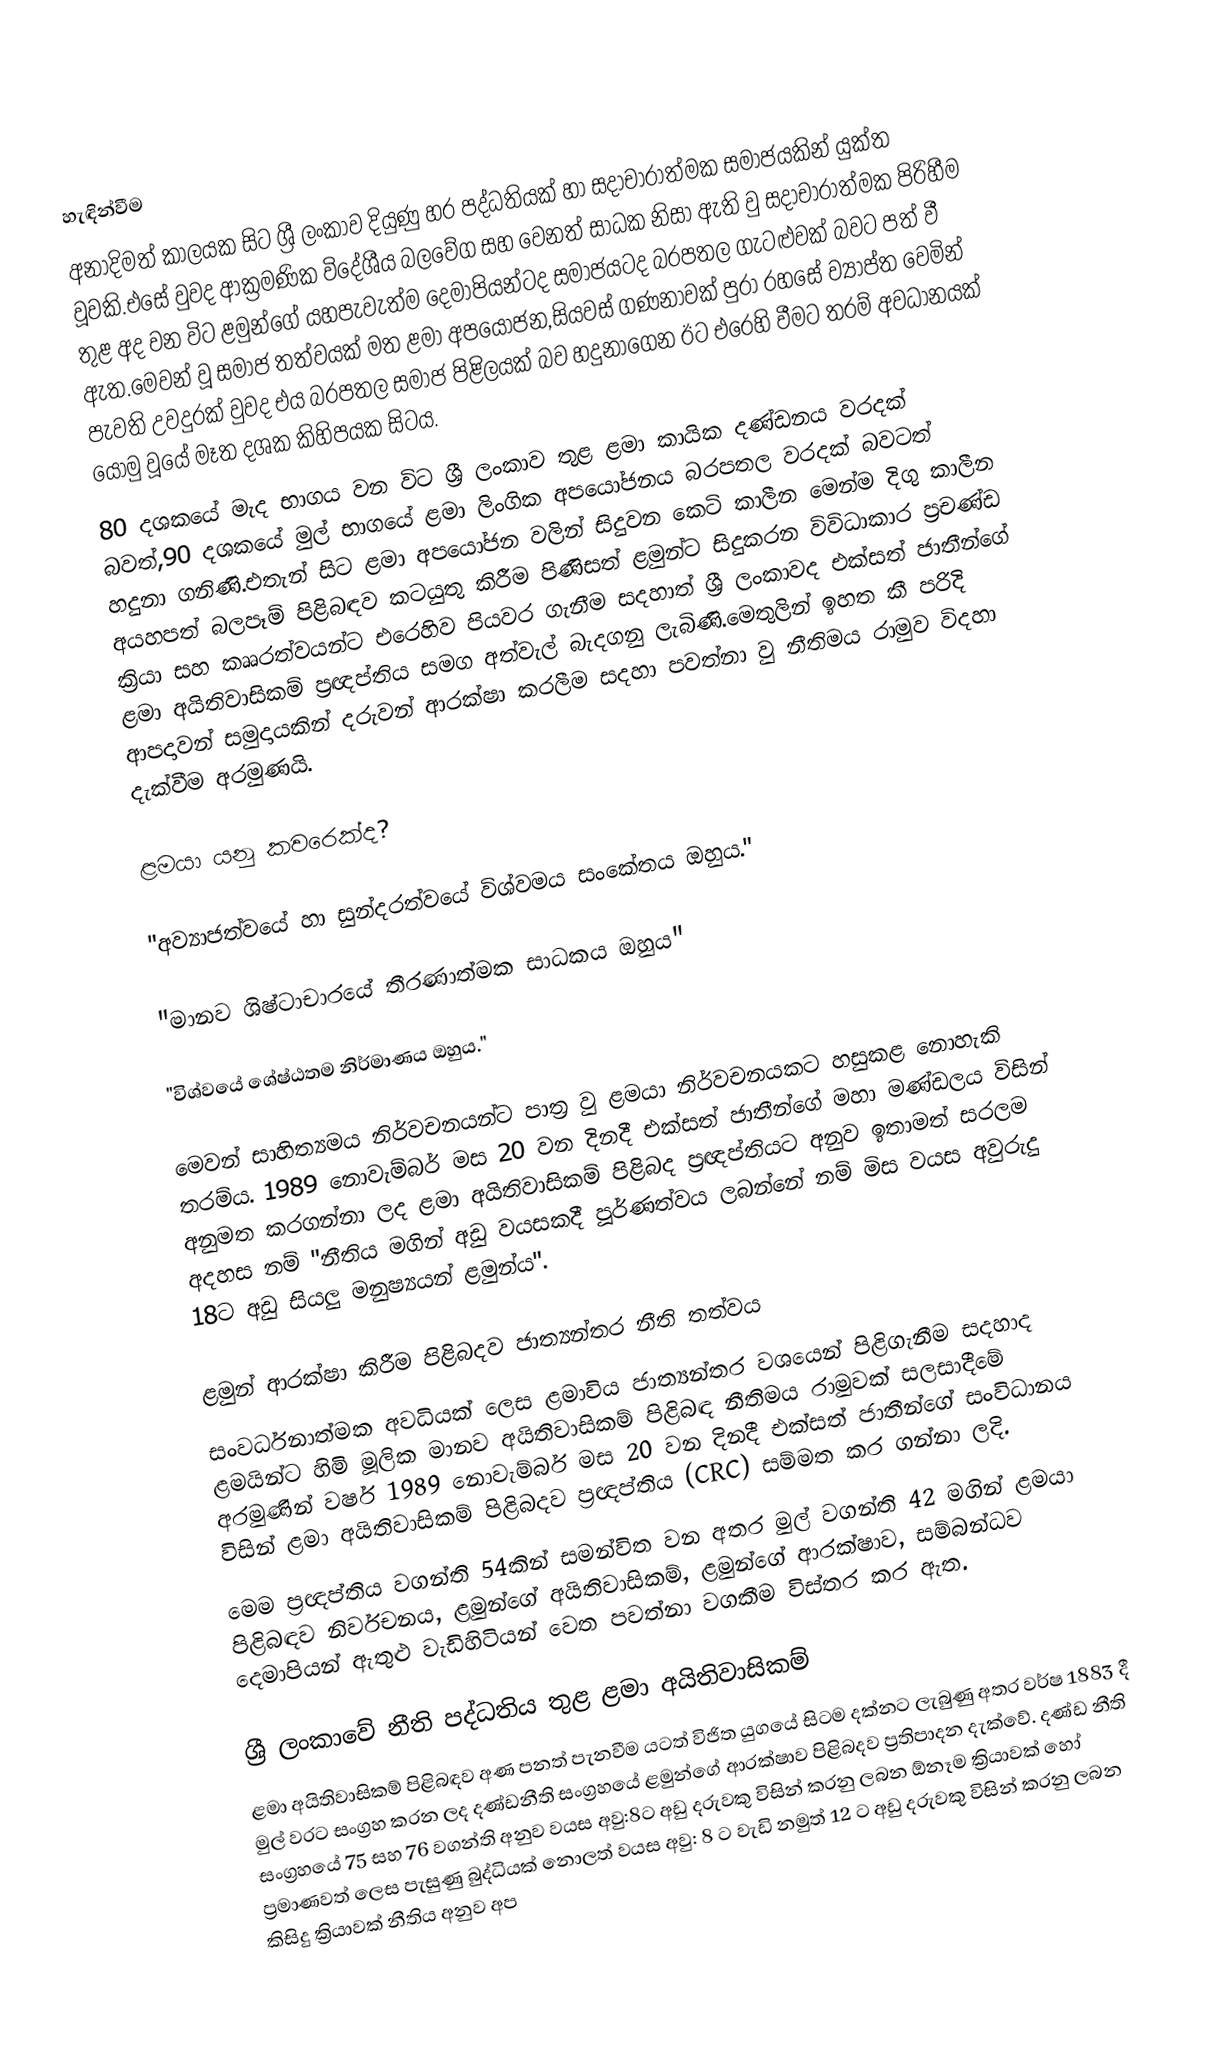

හැඳින්වීම
අනාදිමත් කාලයක සිට ශ්‍රී ලංකාව දියුණු හර පද්ධතියක් හා සදාචාරාත්මක සමාජයකින් යුක්ත වූවකි‍.එසේ වුවද ආක්‍රමණික විදේශීය බලවේග සහ වෙනත් සාධක නිසා ඇති වු සදාචාරාත්මක පිරිහීම තුළ අද වන විට ළමුන්ගේ යහපැවැත්ම දෙමාපියන්ටද සමාජයටද බරපතල ගැටළුවක් බවට පත් වී ඇත.මෙවන් වූ සමාජ තත්වයක් මත ළමා අපයෝජන,සියවස් ගණනාවක් පුරා රහසේ ව්‍යාප්ත වෙමින් පැවති උවදුරක් වුවද එය බරපතල සමාජ පිළිලයක් බව හදුනාගෙන ඊට එරෙහි වීමට තරම් අවධානයක් යොමු වූයේ මෑත දශක කිහිපයක සිටය.
80 දශකයේ මැද භාගය වන විට ශ්‍රී ලංකාව තුළ ළමා කායික දණ්ඩනය වරදක් බවත්,90 දශකයේ මුල් භාගයේ ළමා ලිංගික අපයෝජනය බරපතල වරදක් බවටත් හදුනා ගනිණි.එතැන් සිට ළමා අපයෝජන වලින් සිදුවන කෙටි කාලීන මෙන්ම දිගු කාලීන අයහපත් බලපෑම් පිළිබඳව කටයුතු කිරීම පිණිසත් ළමුන්ට සිදුකරන විවිධාකාර ප්‍රචණ්ඩ ක්‍රියා සහ කෲරත්වයන්ට එරෙහිව පියවර ගැනීම සදහාත් ශ්‍රී ලංකාවද එක්සත් ජාතීන්ගේ ළමා අයිතිවාසිකම් ප්‍රඥප්තිය සමග අත්වැල් බැදගනු ලැබිණි.මෙතුලින් ඉහත කී පරිදි ආපදාවන් සමුදායකින් දරුවන් ආරක්ෂා කරලීම සදහා පවත්නා වු නීතිමය රාමුව විදහා දැක්වීම අරමුණයි.

ළමයා යනු කවරෙක්ද?

"අව්‍යාජත්වයේ හා සුන්දරත්වයේ විශ්වමය සංකේතය ඔහුය."

"මානව ශිෂ්ටාචාරයේ තීරණාත්මක සාධකය ඔහුය"

"විශ්වයේ ශේෂ්ඨතම නිර්මාණය ඔහුය."

මෙවන් සාහිත්‍යමය නිර්වචනයන්ට පාත්‍ර වු ළමයා නිර්වචනයකට හසුකළ නොහැකි තරම්ය. 1989 නොවැම්බර් මස 20 වන දිනදී එක්සත් ජාතීන්ගේ මහා මණ්ඩලය විසින් අනුමත කරගන්නා ලද ළමා අයිතිවාසිකම් පිළිබද ප්‍රඥප්තියට අනුව ඉතාමත් සරලම අදහස නම් "නීතිය මගින් අඩු වයසකදී පූර්ණත්වය ලබන්නේ නම් මිස වයස අවුරුදු 18ට අඩු  සියලු මනුෂ්‍යයන් ළමුන්ය".

ළමුන් ආරක්ෂා කිරීම පිළිබදව ජාත්‍යන්තර නීති තත්වය
සංවර්ධනාත්මක අවධියක් ලෙස ළමාවිය ජාත්‍යන්තර වශයෙන් පිළිගැනීම සදහාද ළමයින්ට හිමි මූලික මානව අයිතිවාසිකම් පිළිබඳ නීතිමය රාමුවක් සලසාදීමේ අරමුණින් වර්ෂ 1989 නොවැම්බර් මස 20 වන දිනදී එක්සත් ජාතීන්ගේ සංවිධානය විසින් ළමා අයිතිවාසිකම් පිළිබදව ප්‍රඥප්තිය (CRC) සම්මත කර ගන්නා ලදි.
මෙම ප්‍රඥප්තිය වගන්ති 54කින් සමන්විත වන අතර මුල් වගන්ති 42 මගින් ළමයා පිළිබඳව නිර්වචනය, ළමුන්ගේ අයිතිවාසිකම්, ළමුන්ගේ ආරක්ෂාව, සම්බන්ධව දෙමාපියන් ඇතුළු වැඩිහිටියන් වෙත පවත්නා වගකීම විස්තර කර ඇත.

ශ්‍රී ලංකාවේ නීති පද්ධතිය තුළ ළමා අයිතිවාසිකම්
ළමා අයිතිවාසිකම් පිළිබඳව අණ පනත් පැනවීම යටත් විජිත යුගයේ සිටම දක්නට ලැබුණු අතර වර්ෂ 1883 දී මුල් වරට සංග්‍රහ කරන ලද දණ්ඩනීති සංග්‍රහයේ ළමුන්ගේ ආරක්ෂාව පිළිබදව ප්‍රතිපාදන දැක්වේ. දණ්ඩ නීති සංග්‍රහයේ 75 සහ 76 වගන්ති අනුව වයස අවු:8ට අඩු දරුවකු විසින් කරනු ලබන ඕනෑම ක්‍රියාවක් හෝ ප්‍රමාණවත් ලෙස පැසුණු බුද්ධියක් නොලත් වයස අවු: 8 ට වැඩි නමුත් 12 ට අඩු දරුවකු විසින් කරනු ලබන කිසිදු ක්‍රියාවක් නීතිය අනුව අප